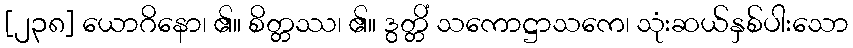
[၂၃၈] ယောဂိနော၊ ၏။ စိတ္တဿ၊ ၏။ ဒွတ္တိံ သကောဋ္ဌာသကေ၊ သုံးဆယ်နှစ်ပါးသော